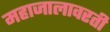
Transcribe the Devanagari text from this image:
महाजालावरती